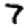
Digit: 7